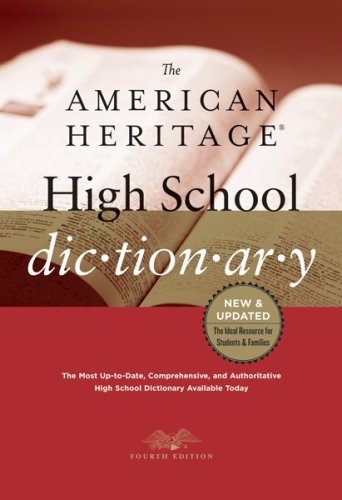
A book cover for The American Heritage High School Dictionary; Paul Hellweg; Teen & Young Adult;